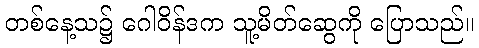
တစ်နေ့သ၌ ဂေါဝိန်ဒက သူ့မိတ်ဆွေကို ပြောသည်။